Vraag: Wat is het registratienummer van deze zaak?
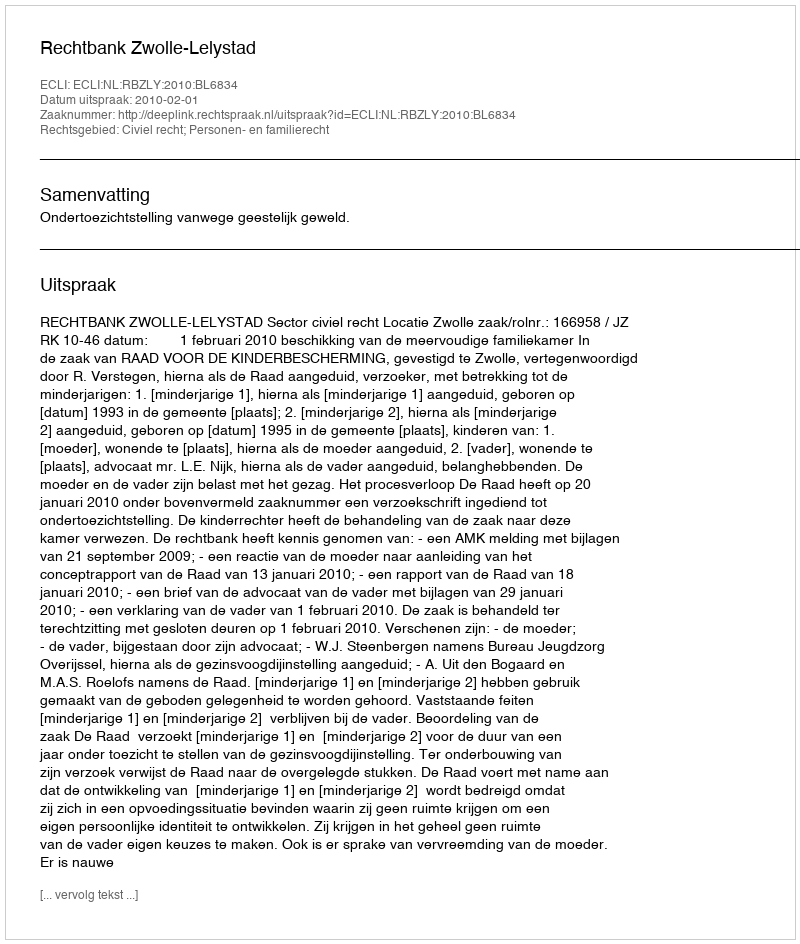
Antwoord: http://deeplink.rechtspraak.nl/uitspraak?id=ECLI:NL:RBZLY:2010:BL6834